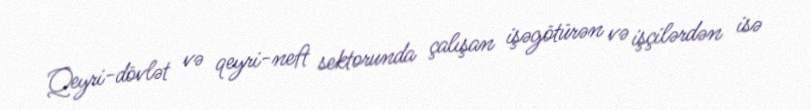
Qeyri-dövlət və qeyri-neft sektorunda çalışan işəgötürən və işçilərdən isə